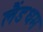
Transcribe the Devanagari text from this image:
लैंडधम